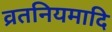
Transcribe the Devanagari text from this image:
व्रतनियमादि